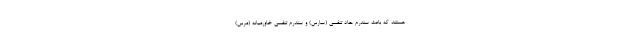
هستند که باعث سندرم حاد تنفسی (سارس) و سندرم تنفسی خاورمیانه (مرس)